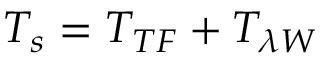
T _ { s } = T _ { T F } + T _ { \lambda W }